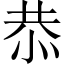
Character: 恭